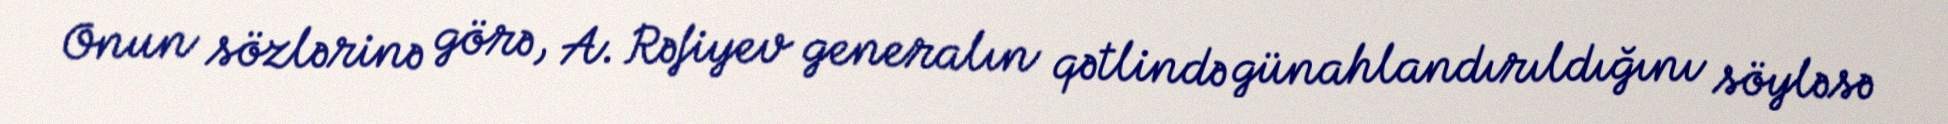
Onun sözlərinə görə, A. Rəfiyev generalın qətlində günahlandırıldığını söyləsə